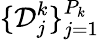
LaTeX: \{ \mathcal{D}_{j}^{k}\} _{j=1}^{P_{k}}